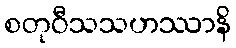
စတုဝီသသဟဿာနိ